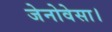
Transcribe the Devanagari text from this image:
जेनोवेसा।